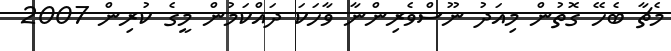
މެޗާ ބެހޭ ގޮތުން މިއަދު ނޫސްވެރިންނާ ވާހަކަ ދައްކަމުން މީގެ ކުރިން 2007